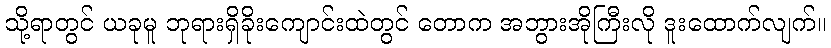
သို့ရာတွင် ယခုမူ ဘုရားရှိခိုးကျောင်းထဲတွင် တောက အဘွားအိုကြီးလို ဒူးထောက်လျက်။